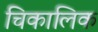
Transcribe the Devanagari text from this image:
चिकालिक